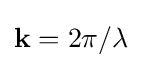
{\begin{aligned}{\textbf {k}}=2\pi /\lambda \end{aligned}}